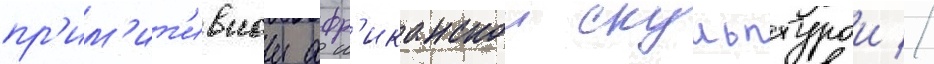
пр'им'ит'ивнои афр'иканскои скульптурои //